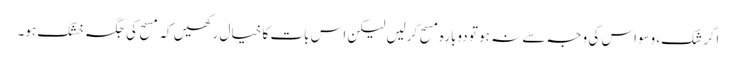
اگر شک، وسواس کی وجہ سے نہ ہو تو دوبارہ مسح کرلیں لیکن اس بات کا خیال رکھیں کہ مسح کی جگہ خشک ہو۔